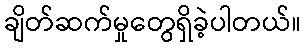
ချိတ်ဆက်မှုတွေရှိခဲ့ပါတယ်။